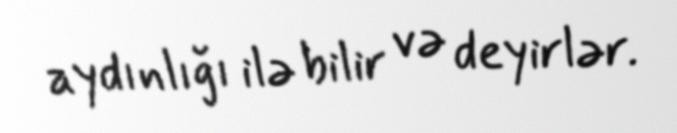
aydınlığı ilə bilir və deyirlər.